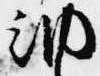
納